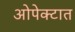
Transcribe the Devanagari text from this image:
ओपेक्टात